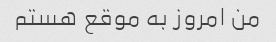
من امروز به موقع هستم